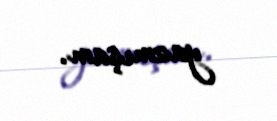
yazmışam.